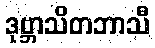
ဒုဗ္ဘာသိတဘာသီ